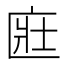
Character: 𫧔